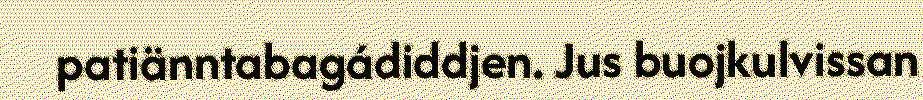
patiänntabagádiddjen. Jus buojkulvissan